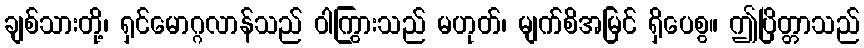
ချစ်သားတို့၊ ရှင်မောဂ္ဂလာန်သည် ဝါကြွားသည် မဟုတ်၊ မျက်စိအမြင် ရှိပေစွ။ ဤပြိတ္တာသည်